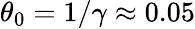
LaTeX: \theta_{0}=1/\gamma\approx 0.05